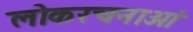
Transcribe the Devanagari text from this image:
लोकरचनाओं